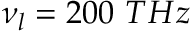
\nu _ { l } = 2 0 0 ~ T H z